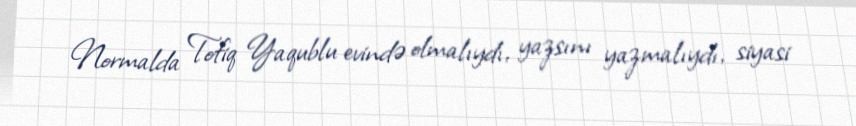
Normalda Tofiq Yaqublu evində olmalıydı, yazsını yazmalıydı, siyasi